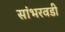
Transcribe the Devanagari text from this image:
सांभरवडी